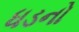
ધડનો